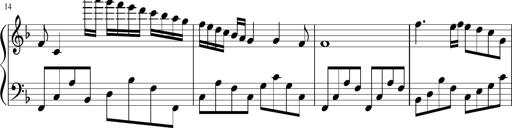
Title: Sonatina di Santa Gemma, JKB 12
Composer: Jason Baruk
Key: F major